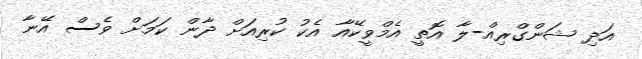
އަދި ޝަންގްރިއް-ލާ އޮތީ އެމްވީކޭއާ އެކު ކުރިއަށް ދާން ކަމަށް ވެސް އޭނާ